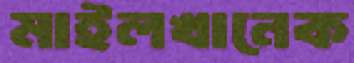
মাইলখানেক